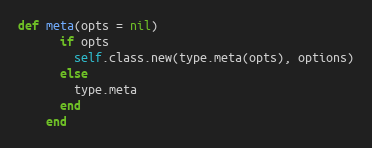
Language: Ruby
def meta(opts = nil)
      if opts
        self.class.new(type.meta(opts), options)
      else
        type.meta
      end
    end